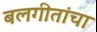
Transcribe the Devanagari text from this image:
बलगीतांचा